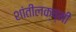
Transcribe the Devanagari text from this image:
शांतीलक्ष्मी